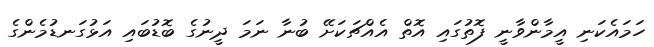
ހަމައެކަނި އީމާންވާނީ ފޮތުގައި އޮތް އެއްޗަކަށޭ ބުނާ ނަމަ ދީނުގެ ބޮޑުބައި އަޅުގަނޑުމެންގެ